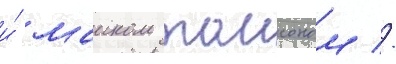
и́ маиком таисоном //